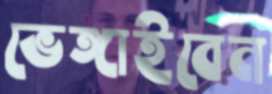
ভেঙ্গাইবেন